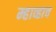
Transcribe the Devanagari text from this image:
म्हाव्हाच